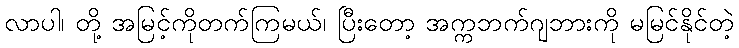
လာပါ၊ တို့ အမြင့်ကိုတက်ကြမယ်၊ ပြီးတော့ အက္ကဘက်ဂျဘားကို မမြင်နိုင်တဲ့